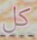
كل